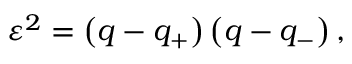
\varepsilon ^ { 2 } = \left( q - q _ { + } \right) \left( q - q _ { - } \right) ,